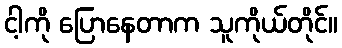
ငါ့ကို ပြောနေတာက သူကိုယ်တိုင်။